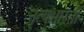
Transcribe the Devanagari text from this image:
नृत्यभारती